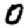
Digit: 0